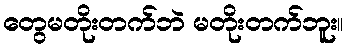
တွေမတိုးတက်ဘဲ မတိုးတက်ဘူး။